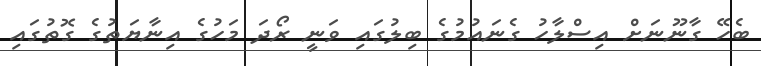
ބެހޭ ގާނޫނަށް އިސްލާހު ގެނައުމުގެ ބިލުގައި ވަނީ ރޯދަ މަހުގެ އިނާޔަތުގެ ގޮތުގައި